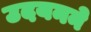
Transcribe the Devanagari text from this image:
उदयनने